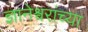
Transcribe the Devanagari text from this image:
ज्ञानेश्वरांंच्या